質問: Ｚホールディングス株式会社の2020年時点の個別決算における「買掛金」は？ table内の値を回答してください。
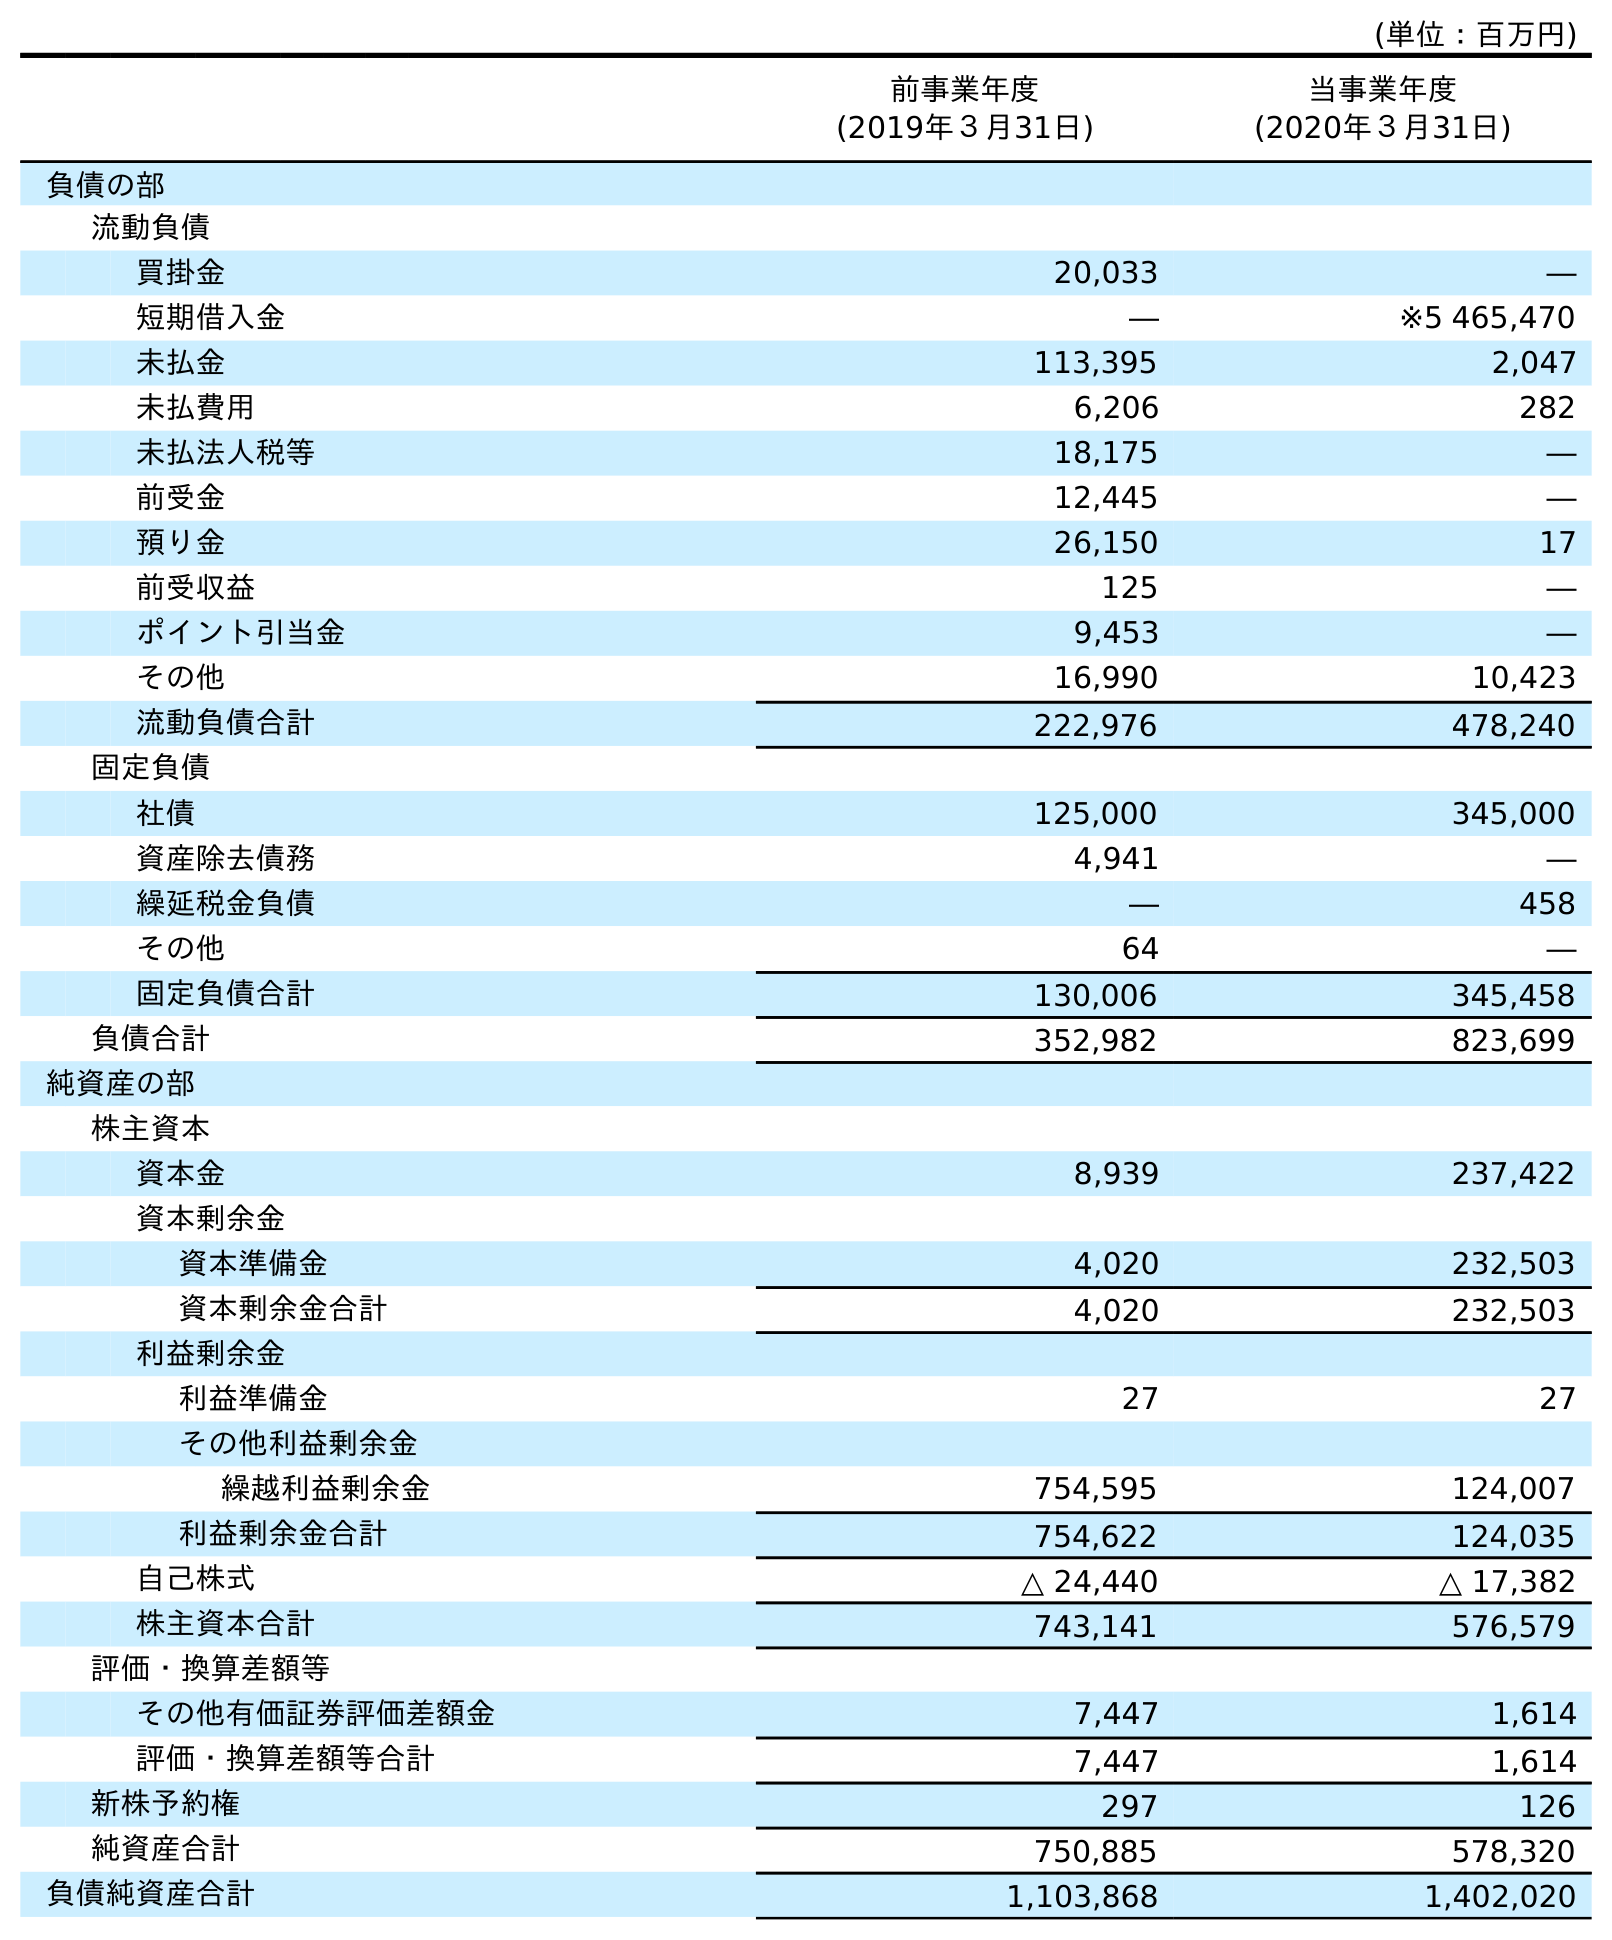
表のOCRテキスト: (単位：百万円) 前事業年度 (2019年３月31日) 当事業年度 (2020年３月31日) 負債の部 流動負債 買掛金 20,033 ― 短期借入金 ― ※5 465,470 未払金 113,395 2,047 未払費用 6,206 282 未払法人税等 18,175 ― 前受金 12,445 ― 預り金 26,150 17 前受収益 125 ― ポイント引当金 9,453 ― その他 16,990 10,423 流動負債合計 222,976 478,240 固定負債 社債 125,000 345,000 資産除去債務 4,941 ― 繰延税金負債 ― 458 その他 64 ― 固定負債合計 130,006 345,458 負債合計 352,982 823,699 純資産の部 株主資本 資本金 8,939 237,422 資本剰余金 資本準備金 4,020 232,503 資本剰余金合計 4,020 232,503 利益剰余金 利益準備金 27 27 その他利益剰余金 繰越利益剰余金 754,595 124,007 利益剰余金合計 754,622 124,035 自己株式 △ 24,440 △ 17,382 株主資本合計 743,141 576,579 評価・換算差額等 その他有価証券評価差額金 7,447 1,614 評価・換算差額等合計 7,447 1,614 新株予約権 297 126 純資産合計 750,885 578,320 負債純資産合計 1,103,868 1,402,020
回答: ―